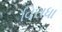
વિરાધા